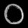
Digit: ၀